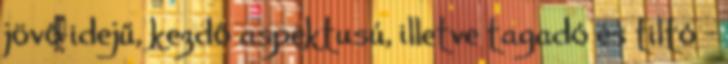
jövő idejű, kezdő aspektusú, illetve tagadó és tiltó –